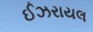
ઈઝરાયલ